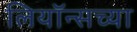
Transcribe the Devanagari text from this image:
लियॉन्सच्या